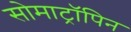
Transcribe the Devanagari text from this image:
सोमाट्रॉपिन